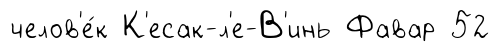
челов'е́к К'есак-л'е-В'инь Фавар 52